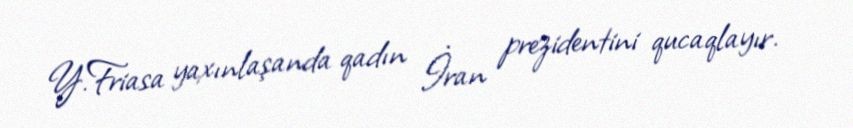
Y.Friasa yaxınlaşanda qadın İran prezidentini qucaqlayır.